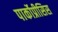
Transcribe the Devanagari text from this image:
पार्कोप्रीसिस